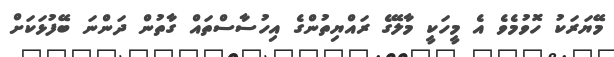
މޭޔަރަކު ހޮވުމެވެ އެ މީހަކީ މާލޭގެ ރައްޔިތުންގެ އިހުސާސްތައް ގާތުން ދަންނަ ބޭފުޅަކަށް